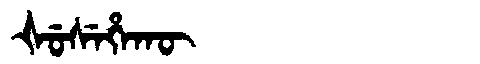
Manchu: ᡧᡠᠰᡝᡥᠠᡴᡡ
Romanization: ŠUSEHAKŪ